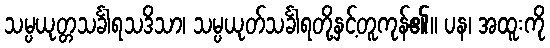
သမ္ပယုတ္တသင်္ခါရသဒိသာ၊ သမ္ပယုတ်သင်္ခါရတို့နှင့်တူကုန်၏။ ပန၊ အထူးကို